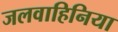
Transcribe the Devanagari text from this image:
जलवाहिनिया